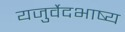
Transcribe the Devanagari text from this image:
यजुर्वेदभाष्य